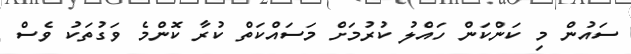
ސައުން މި ކަންކަން ހައްލު ކުރުމަށް މަސައްކަތް ކުރާ ކޮންމެ ވަގުތަކު ވެސް